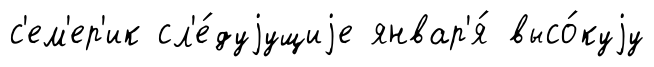
с'ем'ер'ик сл'е́дуjущиjе январ'я́ высо́куjу